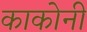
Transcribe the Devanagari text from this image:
काकोनी